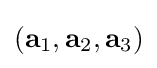
\left(\mathbf {a} _{1},\mathbf {a} _{2},\mathbf {a} _{3}\right)